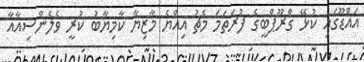
އައްޑޫގައި ކުޅޭ ގްރޫޕްބީގެ ފުރަތަމަ މެޗު އިއްޔެ މާޒިޔާ ކާމިޔާބު ކުރީ ވެލެންސިއާއާ